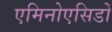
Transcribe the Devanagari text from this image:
एमिनोएसिडों